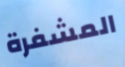
المشفرة